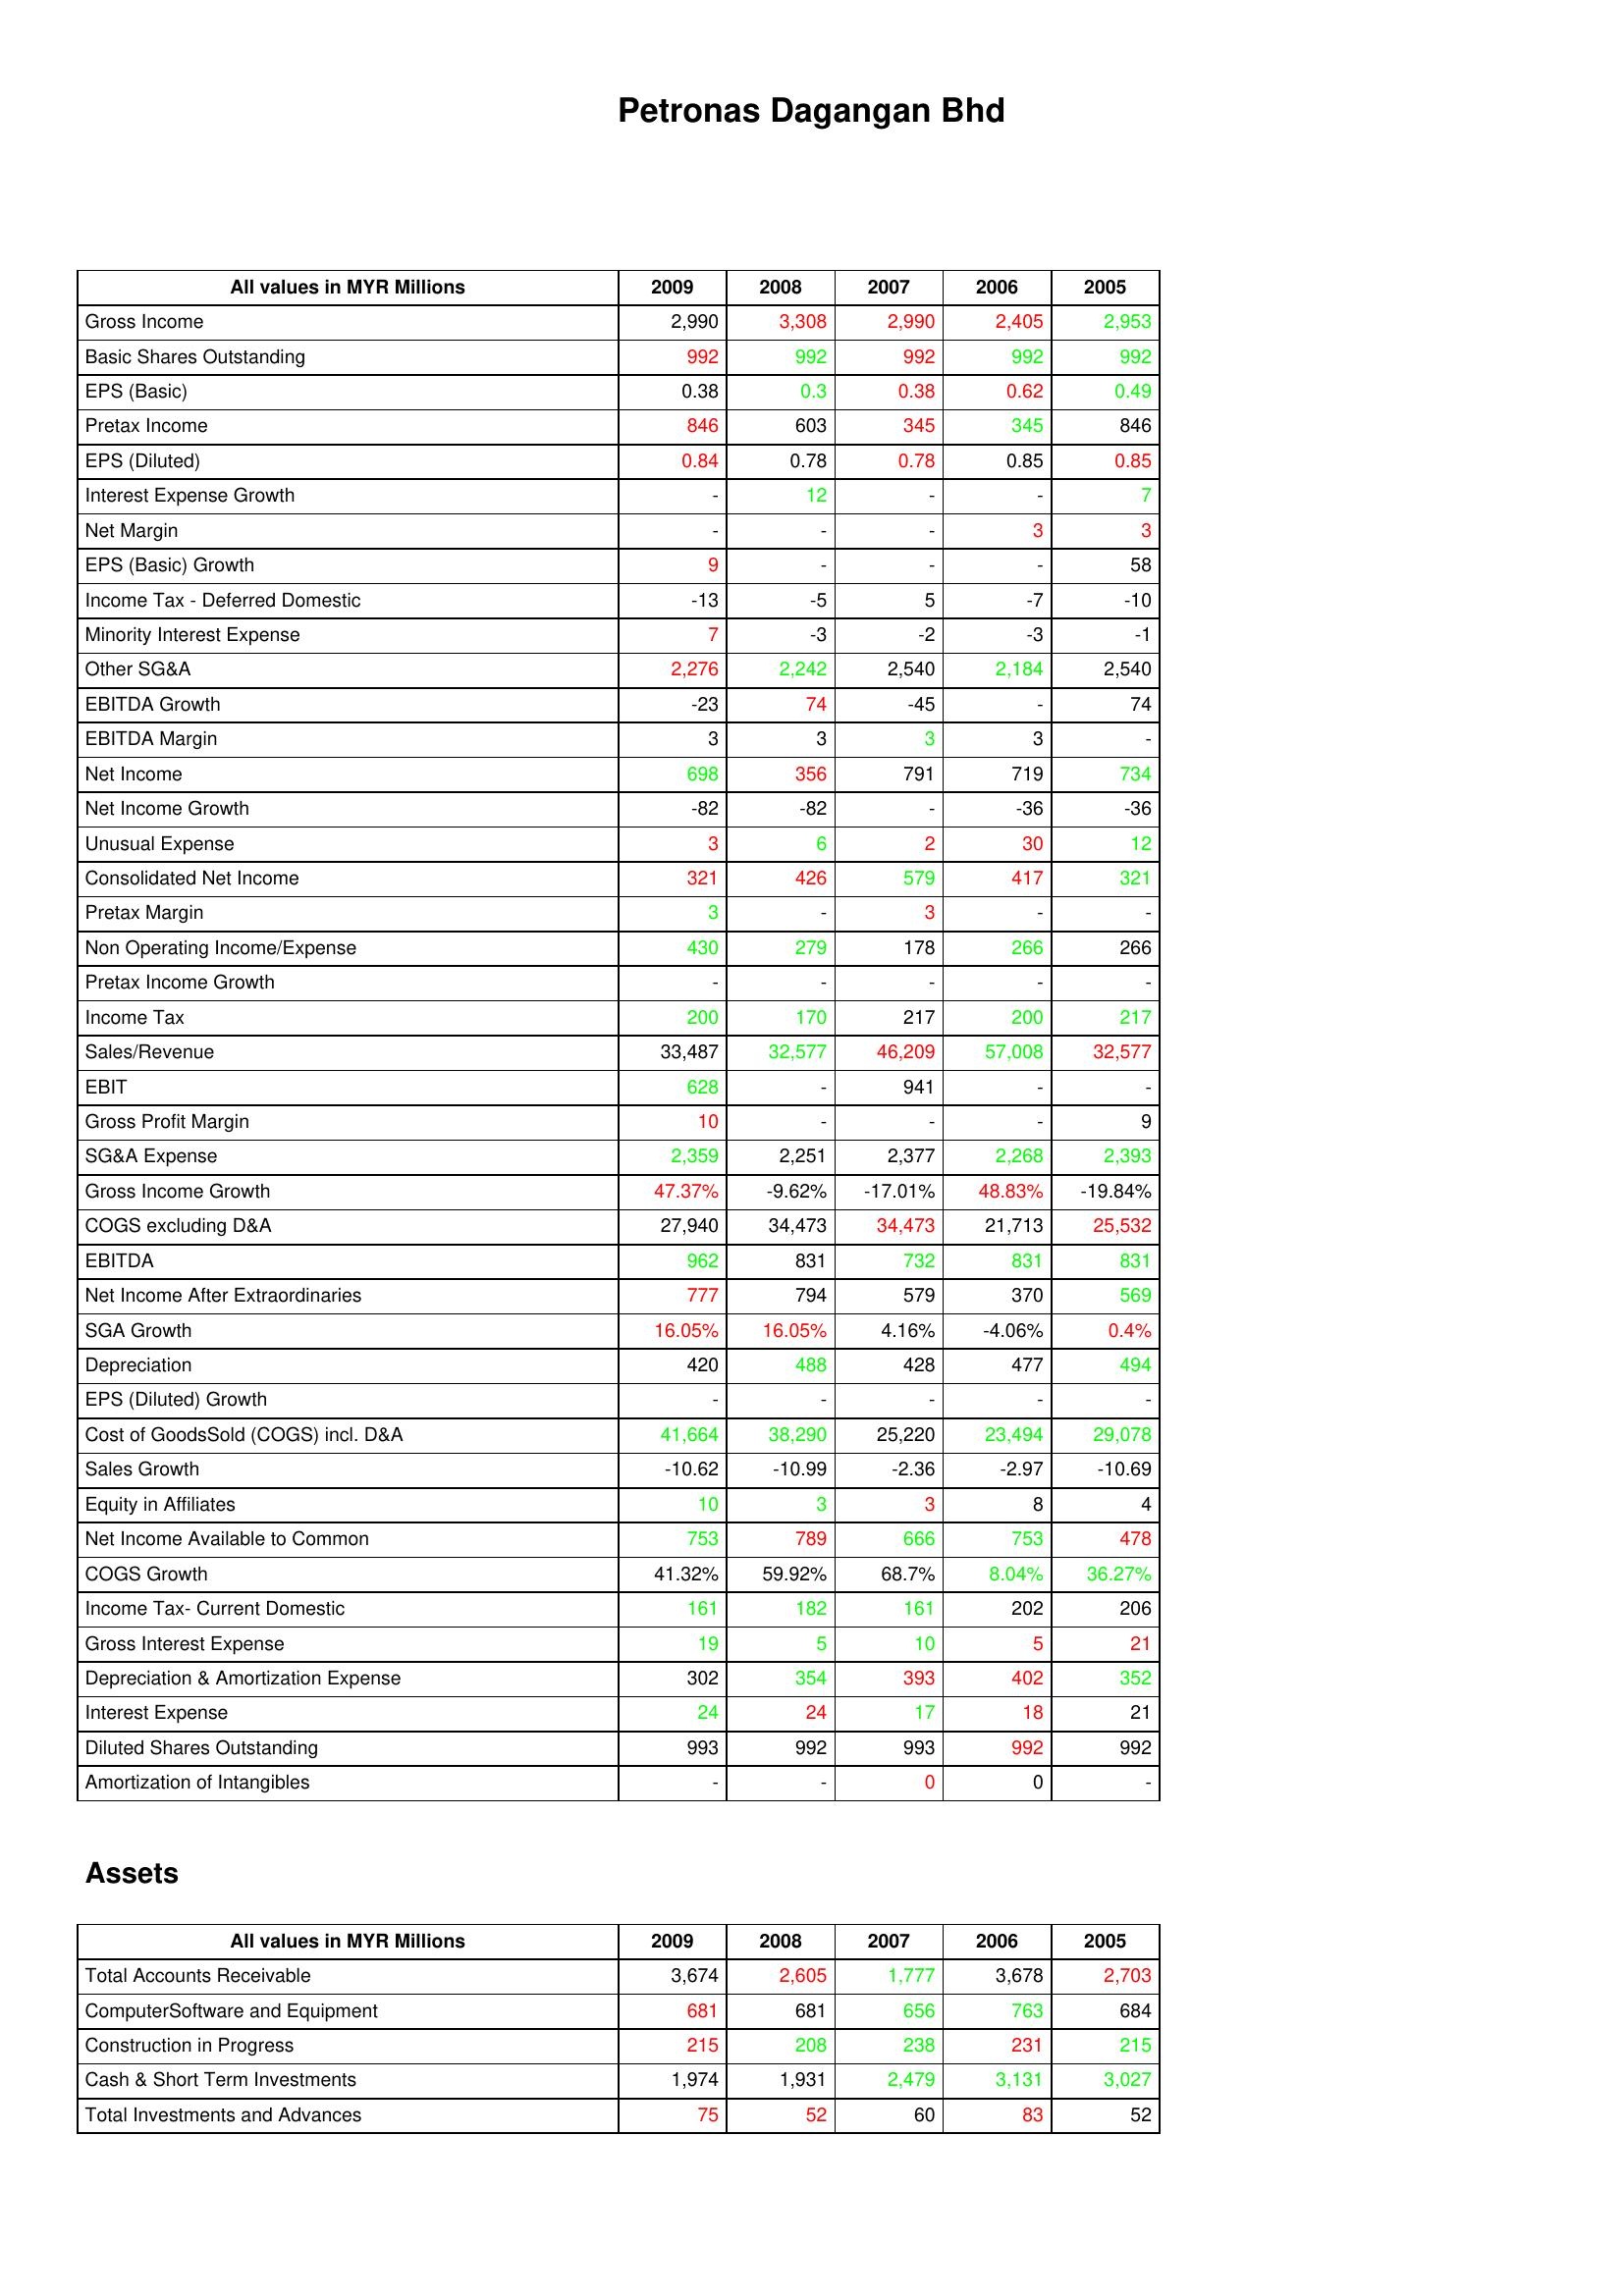
gt_parse: 2009: : Gross Income: 2,990
Basic Shares Outstanding: 992
EPS (Basic): 0.38
Pretax Income: 846
EPS (Diluted): 0.84
Interest Expense Growth: -
Net Margin: -
EPS (Basic) Growth: 9
Income Tax - Deferred Domestic: -13
Minority Interest Expense: 7
Other SG&A: 2,276
EBITDA Growth: -23
EBITDA Margin: 3
Net Income: 698
Net Income Growth: -82
Unusual Expense: 3
Consolidated Net Income: 321
Pretax Margin: 3
Non Operating Income/Expense: 430
Pretax Income Growth: -
Income Tax: 200
Sales/Revenue: 33,487
EBIT: 628
Gross Profit Margin: 10
SG&A Expense: 2,359
Gross Income Growth: 47.37%
COGS excluding D&A: 27,940
EBITDA: 962
Net Income After Extraordinaries: 777
SGA Growth: 16.05%
Depreciation: 420
EPS (Diluted) Growth: -
Cost of GoodsSold (COGS) incl. D&A: 41,664
Sales Growth: -10.62
Equity in Affiliates: 10
Net Income Available to Common: 753
COGS Growth: 41.32%
Income Tax- Current Domestic: 161
Gross Interest Expense: 19
Depreciation & Amortization Expense: 302
Interest Expense: 24
Diluted Shares Outstanding: 993
Amortization of Intangibles: -
Assets: Total Accounts Receivable: 3,674
ComputerSoftware and Equipment: 681
Construction in Progress: 215
Cash & Short Term Investments: 1,974
Total Investments and Advances: 75
2008: : Gross Income: 3,308
Basic Shares Outstanding: 992
EPS (Basic): 0.3
Pretax Income: 603
EPS (Diluted): 0.78
Interest Expense Growth: 12
Net Margin: -
EPS (Basic) Growth: -
Income Tax - Deferred Domestic: -5
Minority Interest Expense: -3
Other SG&A: 2,242
EBITDA Growth: 74
EBITDA Margin: 3
Net Income: 356
Net Income Growth: -82
Unusual Expense: 6
Consolidated Net Income: 426
Pretax Margin: -
Non Operating Income/Expense: 279
Pretax Income Growth: -
Income Tax: 170
Sales/Revenue: 32,577
EBIT: -
Gross Profit Margin: -
SG&A Expense: 2,251
Gross Income Growth: -9.62%
COGS excluding D&A: 34,473
EBITDA: 831
Net Income After Extraordinaries: 794
SGA Growth: 16.05%
Depreciation: 488
EPS (Diluted) Growth: -
Cost of GoodsSold (COGS) incl. D&A: 38,290
Sales Growth: -10.99
Equity in Affiliates: 3
Net Income Available to Common: 789
COGS Growth: 59.92%
Income Tax- Current Domestic: 182
Gross Interest Expense: 5
Depreciation & Amortization Expense: 354
Interest Expense: 24
Diluted Shares Outstanding: 992
Amortization of Intangibles: -
Assets: Total Accounts Receivable: 2,605
ComputerSoftware and Equipment: 681
Construction in Progress: 208
Cash & Short Term Investments: 1,931
Total Investments and Advances: 52
2007: : Gross Income: 2,990
Basic Shares Outstanding: 992
EPS (Basic): 0.38
Pretax Income: 345
EPS (Diluted): 0.78
Interest Expense Growth: -
Net Margin: -
EPS (Basic) Growth: -
Income Tax - Deferred Domestic: 5
Minority Interest Expense: -2
Other SG&A: 2,540
EBITDA Growth: -45
EBITDA Margin: 3
Net Income: 791
Net Income Growth: -
Unusual Expense: 2
Consolidated Net Income: 579
Pretax Margin: 3
Non Operating Income/Expense: 178
Pretax Income Growth: -
Income Tax: 217
Sales/Revenue: 46,209
EBIT: 941
Gross Profit Margin: -
SG&A Expense: 2,377
Gross Income Growth: -17.01%
COGS excluding D&A: 34,473
EBITDA: 732
Net Income After Extraordinaries: 579
SGA Growth: 4.16%
Depreciation: 428
EPS (Diluted) Growth: -
Cost of GoodsSold (COGS) incl. D&A: 25,220
Sales Growth: -2.36
Equity in Affiliates: 3
Net Income Available to Common: 666
COGS Growth: 68.7%
Income Tax- Current Domestic: 161
Gross Interest Expense: 10
Depreciation & Amortization Expense: 393
Interest Expense: 17
Diluted Shares Outstanding: 993
Amortization of Intangibles: 0
Assets: Total Accounts Receivable: 1,777
ComputerSoftware and Equipment: 656
Construction in Progress: 238
Cash & Short Term Investments: 2,479
Total Investments and Advances: 60
2006: : Gross Income: 2,405
Basic Shares Outstanding: 992
EPS (Basic): 0.62
Pretax Income: 345
EPS (Diluted): 0.85
Interest Expense Growth: -
Net Margin: 3
EPS (Basic) Growth: -
Income Tax - Deferred Domestic: -7
Minority Interest Expense: -3
Other SG&A: 2,184
EBITDA Growth: -
EBITDA Margin: 3
Net Income: 719
Net Income Growth: -36
Unusual Expense: 30
Consolidated Net Income: 417
Pretax Margin: -
Non Operating Income/Expense: 266
Pretax Income Growth: -
Income Tax: 200
Sales/Revenue: 57,008
EBIT: -
Gross Profit Margin: -
SG&A Expense: 2,268
Gross Income Growth: 48.83%
COGS excluding D&A: 21,713
EBITDA: 831
Net Income After Extraordinaries: 370
SGA Growth: -4.06%
Depreciation: 477
EPS (Diluted) Growth: -
Cost of GoodsSold (COGS) incl. D&A: 23,494
Sales Growth: -2.97
Equity in Affiliates: 8
Net Income Available to Common: 753
COGS Growth: 8.04%
Income Tax- Current Domestic: 202
Gross Interest Expense: 5
Depreciation & Amortization Expense: 402
Interest Expense: 18
Diluted Shares Outstanding: 992
Amortization of Intangibles: 0
Assets: Total Accounts Receivable: 3,678
ComputerSoftware and Equipment: 763
Construction in Progress: 231
Cash & Short Term Investments: 3,131
Total Investments and Advances: 83
2005: : Gross Income: 2,953
Basic Shares Outstanding: 992
EPS (Basic): 0.49
Pretax Income: 846
EPS (Diluted): 0.85
Interest Expense Growth: 7
Net Margin: 3
EPS (Basic) Growth: 58
Income Tax - Deferred Domestic: -10
Minority Interest Expense: -1
Other SG&A: 2,540
EBITDA Growth: 74
EBITDA Margin: -
Net Income: 734
Net Income Growth: -36
Unusual Expense: 12
Consolidated Net Income: 321
Pretax Margin: -
Non Operating Income/Expense: 266
Pretax Income Growth: -
Income Tax: 217
Sales/Revenue: 32,577
EBIT: -
Gross Profit Margin: 9
SG&A Expense: 2,393
Gross Income Growth: -19.84%
COGS excluding D&A: 25,532
EBITDA: 831
Net Income After Extraordinaries: 569
SGA Growth: 0.4%
Depreciation: 494
EPS (Diluted) Growth: -
Cost of GoodsSold (COGS) incl. D&A: 29,078
Sales Growth: -10.69
Equity in Affiliates: 4
Net Income Available to Common: 478
COGS Growth: 36.27%
Income Tax- Current Domestic: 206
Gross Interest Expense: 21
Depreciation & Amortization Expense: 352
Interest Expense: 21
Diluted Shares Outstanding: 992
Amortization of Intangibles: -
Assets: Total Accounts Receivable: 2,703
ComputerSoftware and Equipment: 684
Construction in Progress: 215
Cash & Short Term Investments: 3,027
Total Investments and Advances: 52